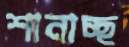
শানাচ্ছ